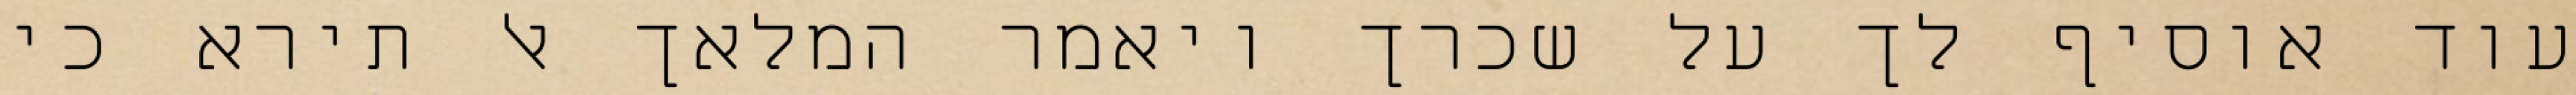
עוד אוסיף לך על שכרך ויאמר המלאך אל תירא כי